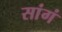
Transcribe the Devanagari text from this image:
सांगं